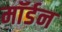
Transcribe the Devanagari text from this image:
माॅर्डन